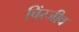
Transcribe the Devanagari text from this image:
चिंरजीव